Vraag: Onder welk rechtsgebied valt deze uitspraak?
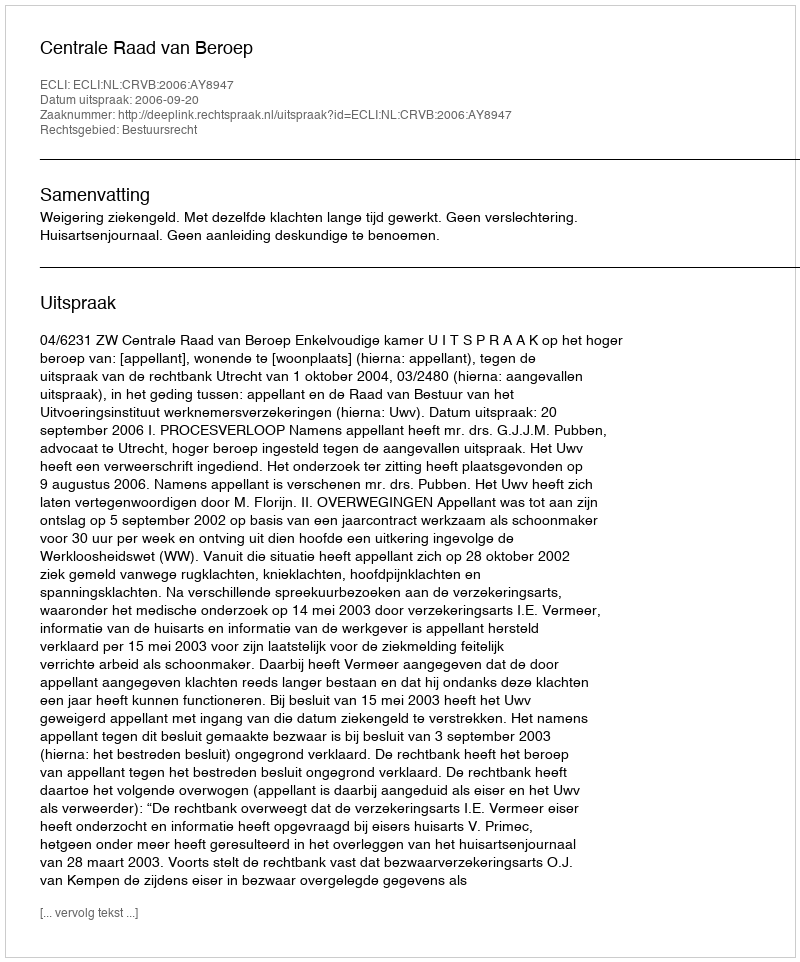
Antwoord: Bestuursrecht